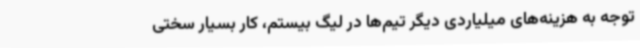
توجه به هزینه‌های میلیاردی دیگر تیم‌ها در لیگ بیستم، کار بسیار سختی